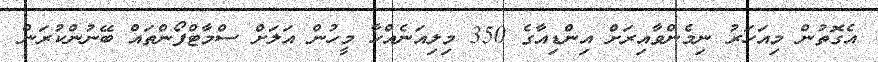
އެގޮތުން މިއަހަރު ނިމެންވާއިރަށް އިންޑިއާގެ 350 މިލިއަނެއްހާ މީހުން އަލަށް ސްމާޓްފޯންތައް ބޭނުންކުރަން